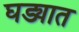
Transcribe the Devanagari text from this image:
घड्यात